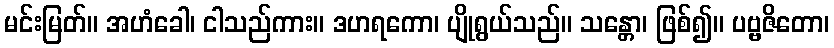
မင်းမြတ်။ အဟံခေါ၊ ငါသည်ကား။ ဒဟရကော၊ ပျိုရွယ်သည်။ သန္တော၊ ဖြစ်၍။ ပဗ္ဗဇိတော၊